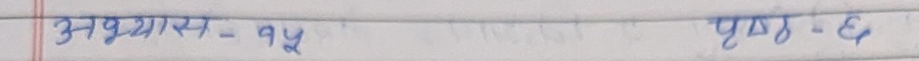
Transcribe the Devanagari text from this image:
अभ्यास - १५ पृष्ठ - ६